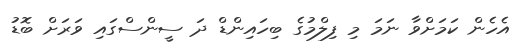
އެހެން ކަމަށްވާ ނަމަ މި ފިލްމުގެ ބިހައިންޑް ދަ ސީންސްގައި ވަރަށް ބޮޑު